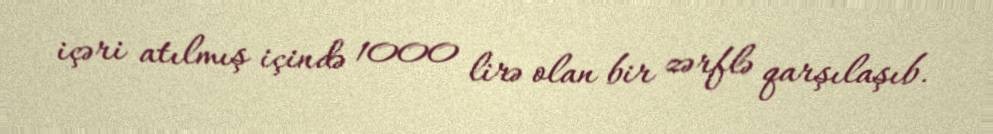
içəri atılmış içində 1000 lirə olan bir zərflə qarşılaşıb.